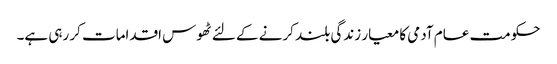
حکومت عام آدمی کا معیار زندگی بلند کرنے کے لئے ٹھوس اقدامات کر رہی ہے۔